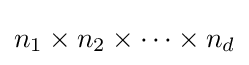
n_{1}\times n_{2}\times \dots \times n_{d}